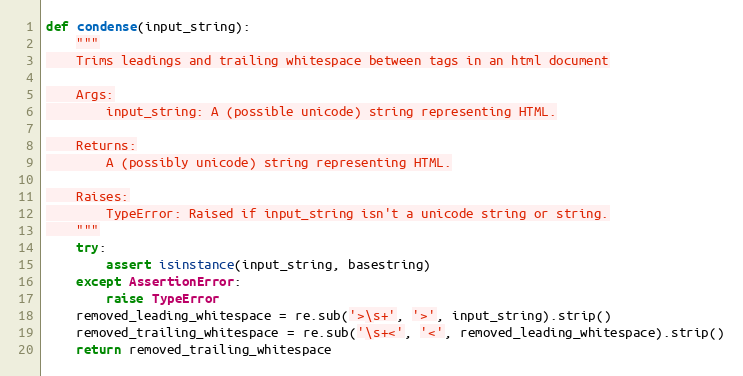
Language: Python
def condense(input_string):
    """
    Trims leadings and trailing whitespace between tags in an html document

    Args:
        input_string: A (possible unicode) string representing HTML.

    Returns:
        A (possibly unicode) string representing HTML.

    Raises:
        TypeError: Raised if input_string isn't a unicode string or string.
    """
    try:
        assert isinstance(input_string, basestring)
    except AssertionError:
        raise TypeError
    removed_leading_whitespace = re.sub('>\s+', '>', input_string).strip()
    removed_trailing_whitespace = re.sub('\s+<', '<', removed_leading_whitespace).strip()
    return removed_trailing_whitespace